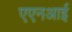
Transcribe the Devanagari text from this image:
एएनआई